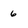
Character: 6